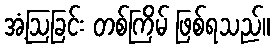
အံ့ဩခြင်း တစ်ကြိမ် ဖြစ်ရသည်။